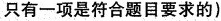
只有一项是符合题目要求的)